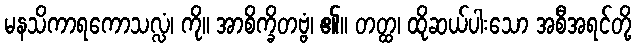
မနသိကာရကောသလ္လံ၊ ကို။ အာစိက္ခိတဗ္ဗံ၊ ၏။ တတ္ထ၊ ထိုဆယ်ပါးသော အစီအရင်တို့